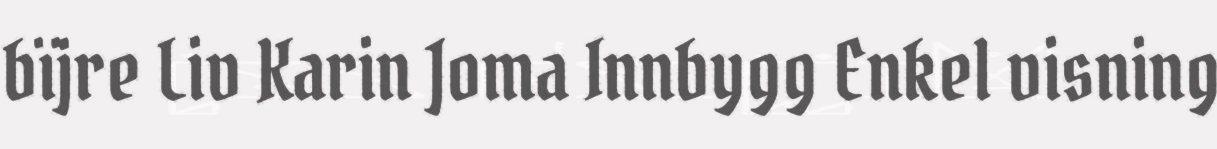
bïjre Liv Karin Joma Innbygg Enkel visning